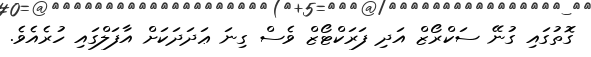
ގޮތުގައި ގުނޭ ސަކްރޯޒް އަދި ފަރަކްޓޯޒް ވެސް ގިނަ ޢަދަދަކަށް އާފަލްގައި ހުރެއެވެ.